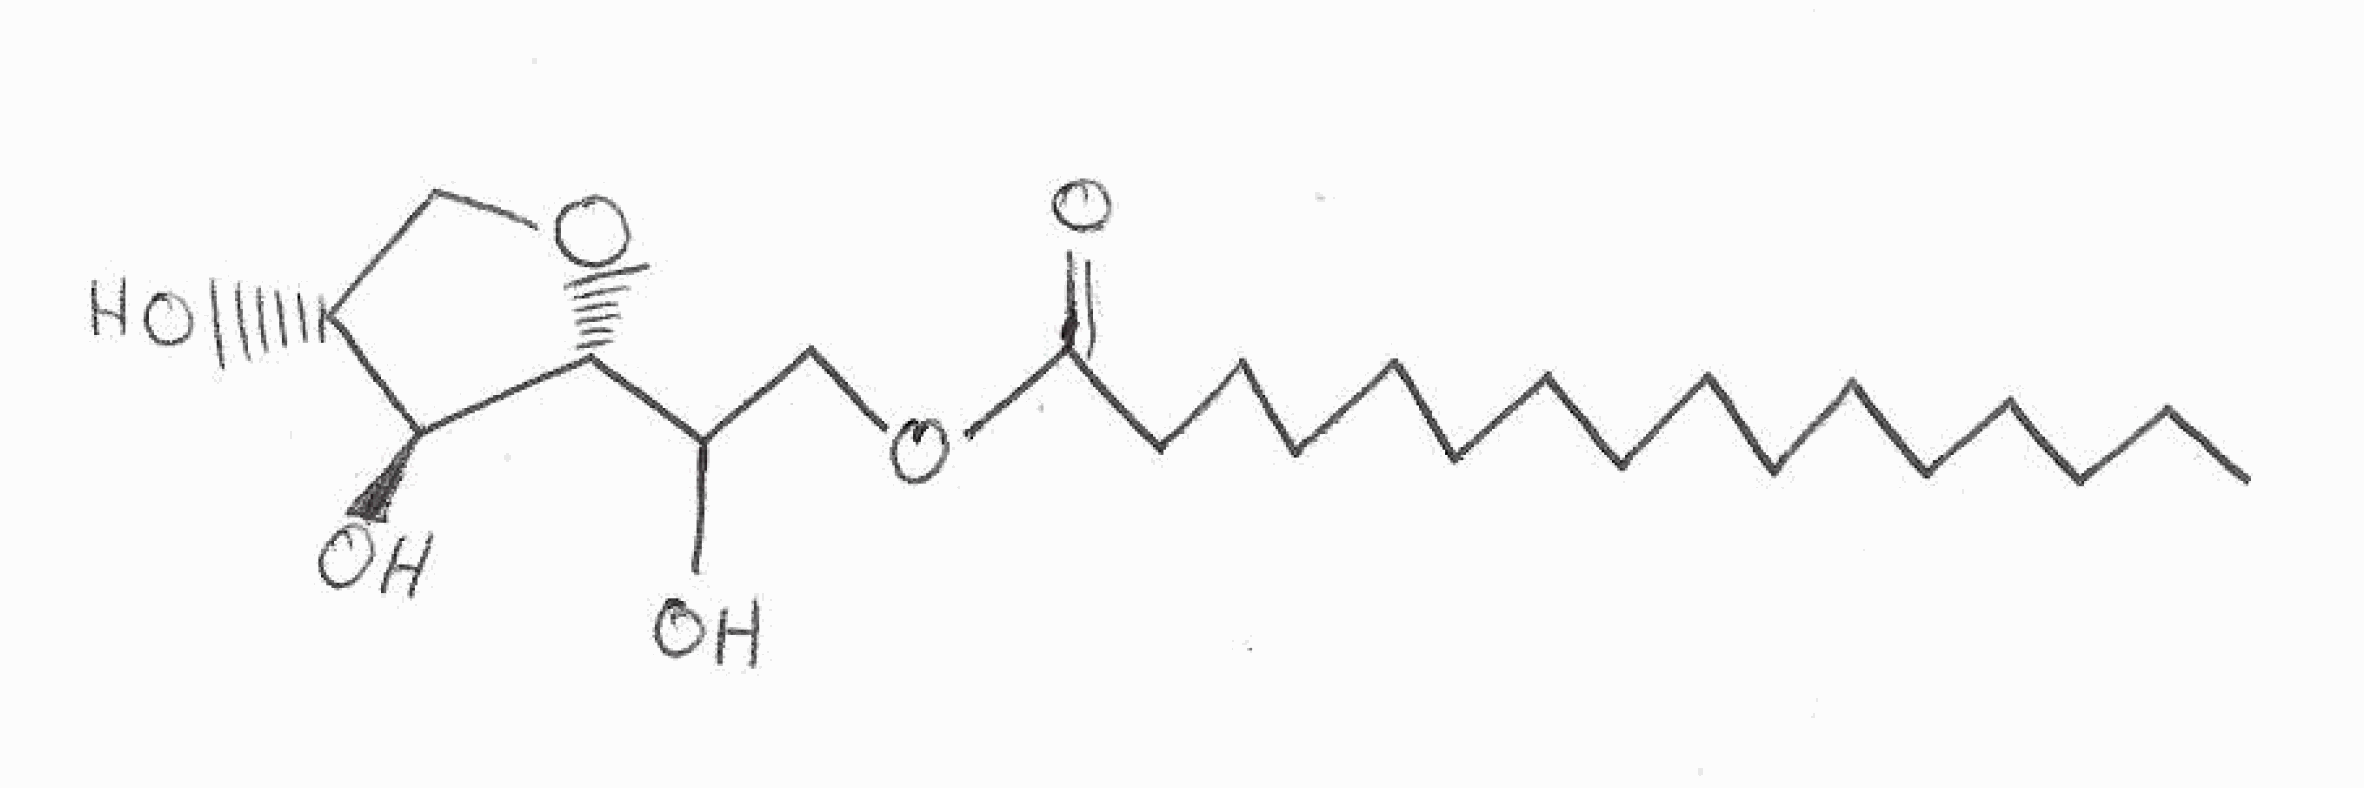
Simplified molecular-input line-entry system (SMILES) notation of the given molecule:
CCCCCCCCCCCCCCCC(=O)OCC([C@@H]1[C@H]([C@@H](CO1)O)O)O